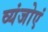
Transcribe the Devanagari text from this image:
व्यंजोएं